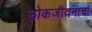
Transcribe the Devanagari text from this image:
लोकजीवनाचा